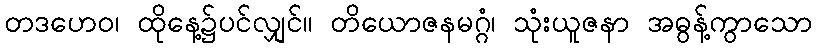
တဒဟေဝ၊ ထိုနေ့၌ပင်လျှင်။ တိယောဇနမဂ္ဂံ၊ သုံးယူဇနာ အဓွန့်ကွာသော